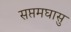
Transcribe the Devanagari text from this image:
सप्तमघासु